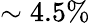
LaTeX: \sim 4.5\%